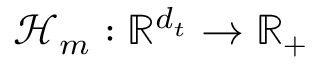
\mathcal { H } _ { m } : \mathbb { R } ^ { d _ { t } } \to \mathbb { R } _ { + }